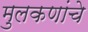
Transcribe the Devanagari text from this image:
मुलकणांचे